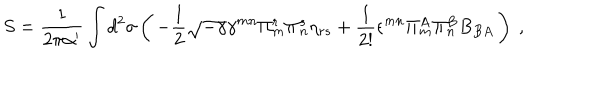
S = \frac { 1 } { 2 \pi \alpha ^ { \prime } } \int d ^ { 2 } \sigma \left( \, - \frac { 1 } { 2 } \sqrt { - \gamma } \gamma ^ { m n } \Pi _ { m } ^ { r } \Pi _ { n } ^ { s } \eta _ { r s } + \frac { 1 } { 2 ! } \epsilon ^ { m n } \Pi _ { m } ^ { A } \Pi _ { n } ^ { B } B _ { B A } \, \right) ~ ,